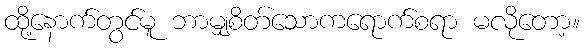
ထို့နောက်တွင်မူ ဘာမျှစိတ်သောကရောက်စရာ မလိုတော့။